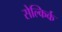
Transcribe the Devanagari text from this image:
सेल्किर्क